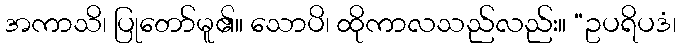
အကာသိ၊ ပြုတော်မူ၏။ သောပိ၊ ထိုကာလသည်လည်း။ “ဥပရိပဒံ၊